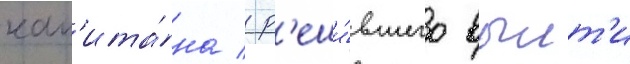
кап'ита́на / р'еши́вшего выит'и